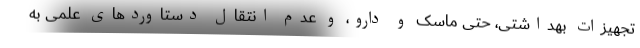
تجهیزات بهداشتی، حتی ماسک و دارو، و عدم انتقال دستاوردهای علمی به